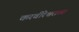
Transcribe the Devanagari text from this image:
करवीरेश्वराच्या